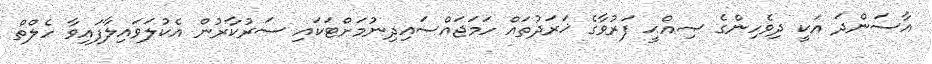
އާސަންދަ އަކީ ދިވެހިންގެ ޞިއްޙީ ފަރުވާގެ ޚަރަދުތައް ހަމަޖައްސައިދިނުމަށްޓަކައި ސަރުކާރުން އެކުލަވައިލާފައިވާ ހެލްތް